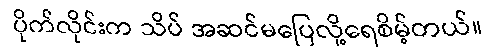
ပိုက်လိုင်းက သိပ် အဆင်မပြေလို့ရေစိမ့်တယ်။